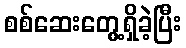
စစ်ဆေးတွေ့ရှိခဲ့ပြီး